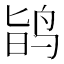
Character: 𪉆